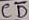
Text: CD